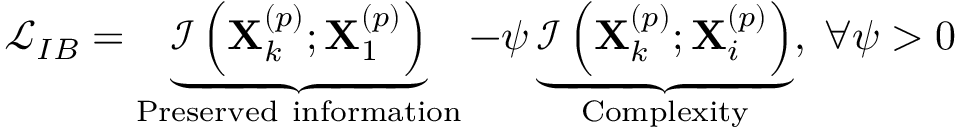
\begin{array} { r } { \mathcal { L } _ { I B } = \underbrace { \mathcal { I } \left( \mathbf { X } _ { k } ^ { \left( p \right) } ; \mathbf { X } _ { 1 } ^ { \left( p \right) } \right) } _ { \mathrm { P r e s e r v e d ~ i n f o r m a t i o n } } - \psi \underbrace { \mathcal { I } \left( \mathbf { X } _ { k } ^ { \left( p \right) } ; \mathbf { X } _ { i } ^ { \left( p \right) } \right) } _ { \mathrm { C o m p l e x i t y } } , \; \forall \psi > 0 } \end{array}